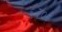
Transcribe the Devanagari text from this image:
६३०६